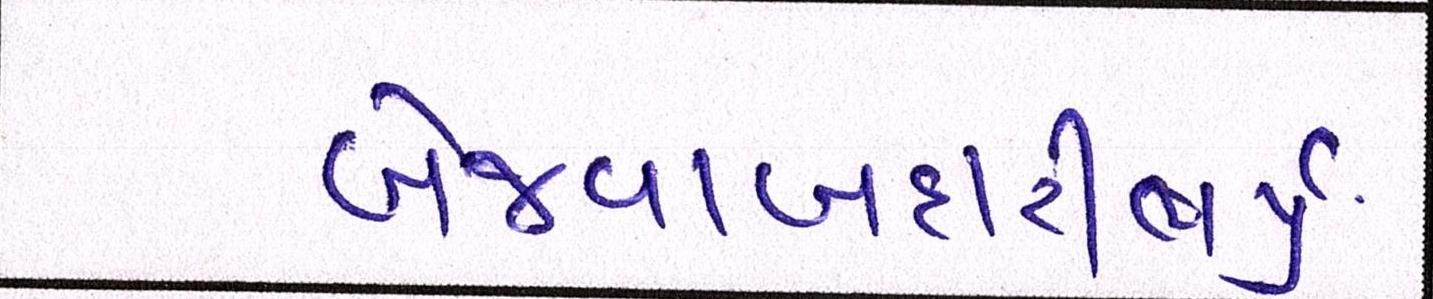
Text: બેજવાબદારીભર્યું